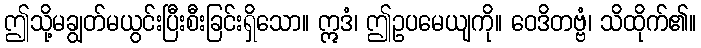
ဤသို့မချွတ်မယွင်းပြီးစီးခြင်းရှိသော။ ဣဒံ၊ ဤဥပမေယျကို။ ဝေဒိတဗ္ဗံ၊ သိထိုက်၏။